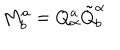
M _ { b } ^ { a } = Q _ { \alpha } ^ { a } \tilde { Q } _ { b } ^ { \alpha }